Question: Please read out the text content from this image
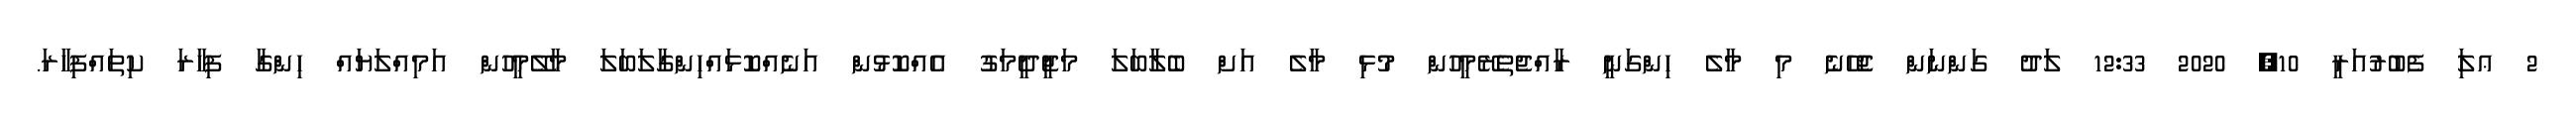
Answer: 2 ޢލަި ފެބުރުއަރީ 10, 2020 12:33 ލަދު ގަންނަން ޖެހޭނެ މި މާލެ ހިންގަނީ ރާއްޖެތެރޭމީހުން މުޅި މާލެ އަށް ބެލާބަލަ މަޖީދީމަގު އެއްކޮޅުން އަނެއްކޮޅައްހިންގާލަބަލަ މާލޭމީހުން އަމިއްލަޔައް ހިންގާ ފިހާރަ ކިތައްފިހާރަ.